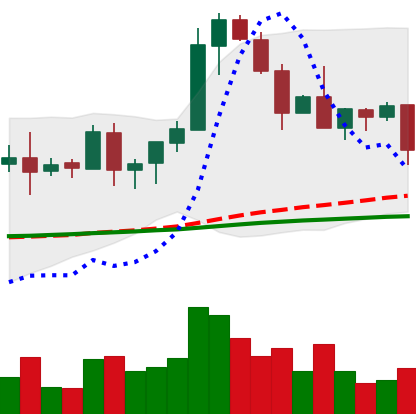
Ticker: EOS-USD
Chart end date: 2020-08-25
Forward return: 4.076%
Label: up_3_5